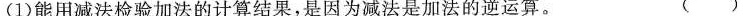
(1)能用减法检验加法的计算结果，是因为减法是加法的逆运算。 ( )